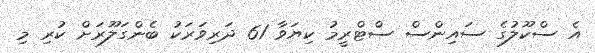
އެ ސްކޫލުގެ ސައިންސް ސްޓްރީމު ކިޔަވާ 61 ދަރިވަރަކު ބެންގަލޫރަށް ކުރި މި